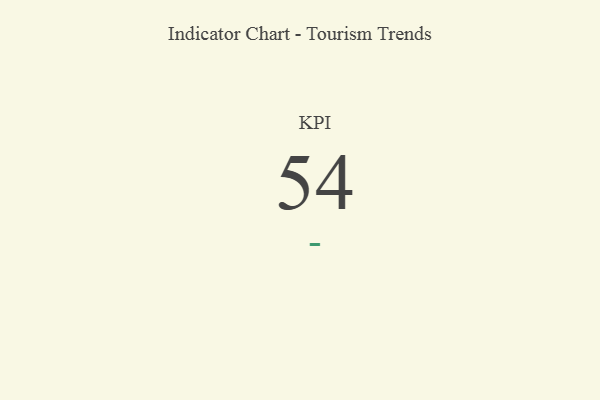
{"axis": {"x": "KPI", "y": "Value"}, "legend": [""], "data": [{"x": "KPI", "y": 54, "type": ""}]}